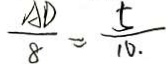
\frac { A D } { 8 } = \frac { 5 } { 1 0 }